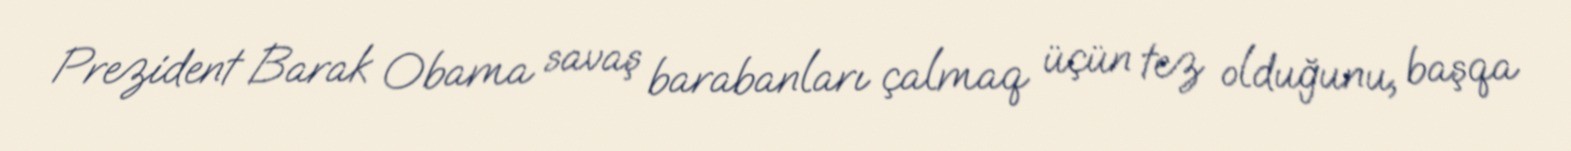
Prezident Barak Obama savaş barabanları çalmaq üçün tez olduğunu, başqa